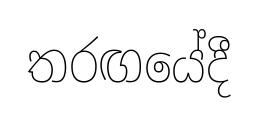
තරඟයේදී